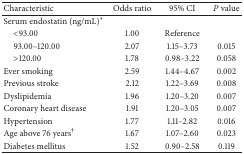
<table><thead><tr><td><b>Characteristic</b></td><td><b>Odds ratio</b></td><td><b>95% CI</b></td><td><b><i>P</i> value</b></td></tr></thead><tbody><tr><td>Serum endostatin (ng/mL)*</td><td> </td><td> </td><td> </td></tr><tr><td> &lt;93.00</td><td>1.00</td><td>Reference</td><td> </td></tr><tr><td> 93.00–120.00</td><td>2.07</td><td>1.15–3.73</td><td>0.015</td></tr><tr><td> &gt;120.00</td><td>1.78</td><td>0.98–3.22</td><td>0.058</td></tr><tr><td>Ever smoking</td><td>2.59</td><td>1.44–4.67</td><td>0.002</td></tr><tr><td>Previous stroke</td><td>2.12</td><td>1.22–3.69</td><td>0.008</td></tr><tr><td>Dyslipidemia</td><td>1.96</td><td>1.20–3.20</td><td>0.007</td></tr><tr><td>Coronary heart disease</td><td>1.91</td><td>1.20–3.05</td><td>0.007</td></tr><tr><td>Hypertension</td><td>1.77</td><td>1.11–2.82</td><td>0.016</td></tr><tr><td>Age above 76 years<sup>†</sup></td><td>1.67</td><td>1.07–2.60</td><td>0.023</td></tr><tr><td>Diabetes mellitus</td><td>1.52</td><td>0.90–2.58</td><td>0.119</td></tr></tbody></table>